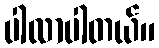
ပါလာပါတယ်။